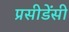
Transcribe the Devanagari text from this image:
प्रसीडेंसी